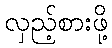
လှည့်စားဖို့